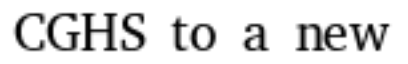
CGHS to a new